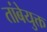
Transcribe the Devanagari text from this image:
तांबेयुक्त